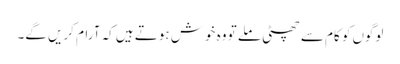
لوگوں کو کام سے چھٹی ملے تو وہ خوش ہوتے ہیں کہ آرام کریں گے۔